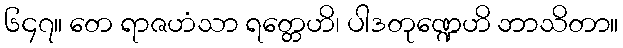
၆၄၇။ တေ ရာဇဟံသာ ရတ္တေဟိ၊ ပါဒတုဏ္ဍေဟိ ဘာသိတာ။